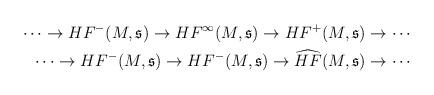
LaTeX: \begin{align*}\cdots \to HF^-(M, \mathfrak{s})\to HF^\infty(M, \mathfrak{s})\to HF^+(M,\mathfrak{s})\to \cdots\\\cdots\to HF^-(M, \mathfrak{s})\to HF^-(M, \mathfrak{s})\to \widehat{HF}(M,\mathfrak{s})\to \cdots\end{align*}